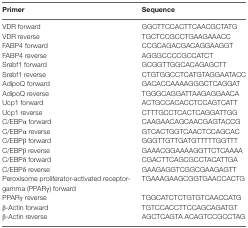
<table><thead><tr><td><b>Primer</b></td><td><b>Sequence</b></td></tr></thead><tbody><tr><td>VDR forward</td><td>GGCTTCCACTTCAACGCTATG</td></tr><tr><td>VDR reverse</td><td>TGCTCCGCCTGAAGAAACC</td></tr><tr><td>FABP4 forward</td><td>CCGCAGACGACAGGAAGGT</td></tr><tr><td>FABP4 reverse</td><td>AGGGCCCCGCCATCT</td></tr><tr><td>Srebf1 forward</td><td>GCGGTTGGCACAGAGCTT</td></tr><tr><td>Srebf1 reverse</td><td>CTGTGGCCTCATGTAGGAATACC</td></tr><tr><td>AdipoQ forward</td><td>GACACCAAAAGGGCTCAGGAT</td></tr><tr><td>AdipoQ reverse</td><td>TGGGCAGGATTAAGAGGAACA</td></tr><tr><td>Ucp1 forward</td><td>ACTGCCACACCTCCAGTCATT</td></tr><tr><td>Ucp1 reverse</td><td>CTTTGCCTCACTCAGGATTGG</td></tr><tr><td>C/EBPα forward</td><td>CAAGAACAGCAACGAGTACCG</td></tr><tr><td>C/EBPα reverse</td><td>GTCACTGGTCAACTCCAGCAC</td></tr><tr><td>C/EBPβ forward</td><td>GGGTTGTTGATGTTTTTGGTTT</td></tr><tr><td>C/EBPβ reverse</td><td>GAAACGGAAAAGGTTCTCAAAA</td></tr><tr><td>C/EBPδ forward</td><td>CGACTTCAGCGCCTACATTGA</td></tr><tr><td>C/EBPδ reverse</td><td>GAAGAGGTCGGCGAAGAGTT</td></tr><tr><td>Peroxisome proliferator-activated receptor-gamma (PPARγ) forward</td><td>TGAAAGAAGCGGTGAACCACTG</td></tr><tr><td>PPARγ reverse</td><td>TGGCATCTCTGTGTCAACCATG</td></tr><tr><td>β-Actin forward</td><td>TGTCCACCTTCCAGCAGATGT</td></tr><tr><td>β-Actin reverse</td><td>AGCTCAGTA ACAGTCCGCCTAG</td></tr></tbody></table>